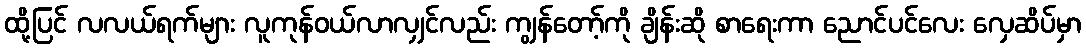
ထို့ပြင် လလယ်ရက်များ လူကုန်ဝယ်လာလျှင်လည်း ကျွန်တော့်ကို ချိန်းဆို စာရေးကာ ညောင်ပင်လေး လှေဆိပ်မှာ